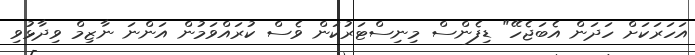
އަހަރަކަށް ހަދަން އެބަޖެހޭ" ޑިފެންސް މިނިސްޓަރުކަން ވެސް ކުރައްވަމުން އަންނަ ނާޒިމް ވިދާޅުވި